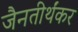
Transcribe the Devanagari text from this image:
जैनतीर्थंकर